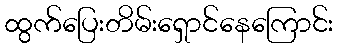
ထွက်ပြေးတိမ်းရှောင်နေကြောင်း